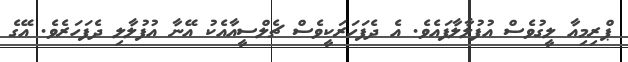
ޕްރިމިއާ ލީގުވެސް އުފުލާލާފައެވެ. އެ ދެފަހަރަކީވެސް ޗެލްސީއާއެކު އޭނާ އުފުލާލި ދެފަހަރެވެ. އޭގެ